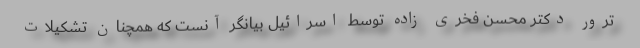
ترور دکتر محسن فخری زاده توسط اسرائیل بیانگر آنست که همچنان تشکیلات